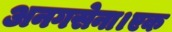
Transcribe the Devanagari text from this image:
अनगसेना।एक